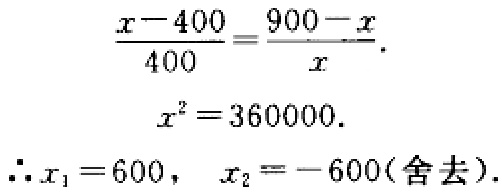
\[\begin{align*}
\frac{x - 400}{400}&=\frac{900 - x}{x}\\
x^{2}&=360000\\
\therefore x_{1}&=600,\ x_{2}=- 600(\text{舍去})
\end{align*}\]